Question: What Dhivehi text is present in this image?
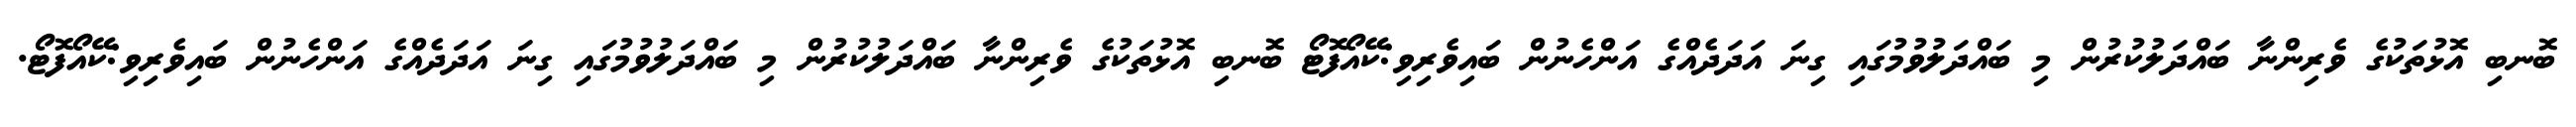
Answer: ބޮނބި އޮޅުތަކުގެ ވެރިންނާ ބައްދަލުކުރުން މި ބައްދަލުވުމުގައި ގިނަ އަދަދެއްގެ އަންހެނުން ބައިވެރިވި:ކޭއޯފޮޓޯ ބޮނބި އޮޅުތަކުގެ ވެރިންނާ ބައްދަލުކުރުން މި ބައްދަލުވުމުގައި ގިނަ އަދަދެއްގެ އަންހެނުން ބައިވެރިވި:ކޭއޯފޮޓޯ.